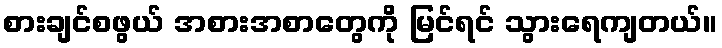
စားချင်စဖွယ် အစားအစာတွေကို မြင်ရင် သွားရေကျတယ်။